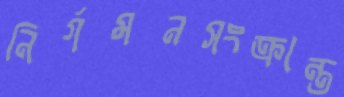
নির্গমনসংক্রান্ত